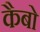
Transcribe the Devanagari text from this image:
कैबो